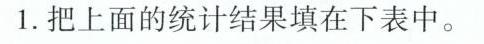
1.把上面的统计结果填在下表中。